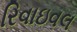
રિવાઇવલ